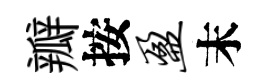
瓣按盈末